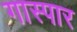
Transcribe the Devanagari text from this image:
गास्पार